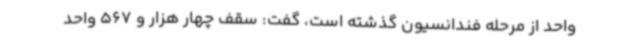
واحد از مرحله فندانسیون گذشته است، گفت: سقف چهار هزار و 567 واحد